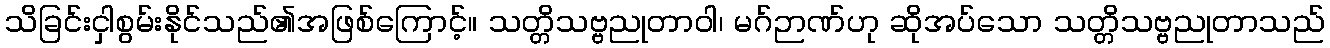
သိခြင်းငှါစွမ်းနိုင်သည်၏အဖြစ်ကြောင့်။ သတ္တိသဗ္ဗညုတာဝါ၊ မဂ်ဉာဏ်ဟု ဆိုအပ်သော သတ္တိသဗ္ဗညုတာသည်